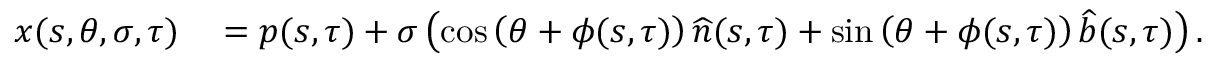
\begin{array} { r l } { x ( s , \theta , \sigma , \tau ) } & { { } = p ( s , \tau ) + \sigma \left( \cos \left( \theta + \phi ( s , \tau ) \right) \widehat { n } ( s , \tau ) + \sin \left( \theta + \phi ( s , \tau ) \right) \widehat { b } ( s , \tau ) \right) . } \end{array}